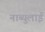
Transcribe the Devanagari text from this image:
नाब्युलाई